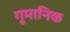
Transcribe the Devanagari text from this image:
गूमानिक